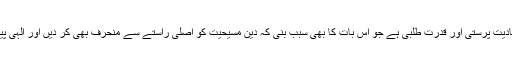
اس دشمنی کی بنیادی وجہ ان کی مادیت پرستی اور قدرت طلبی ہے جو اس بات کا بھی سبب بنی کہ دین مسیحیت کو اصلی راستے سے منحرف بھی کر دیں اور الہی پیغمبروں کے قتل کا بھی اقدام کریں۔